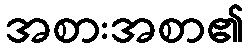
အစားအစာ၏